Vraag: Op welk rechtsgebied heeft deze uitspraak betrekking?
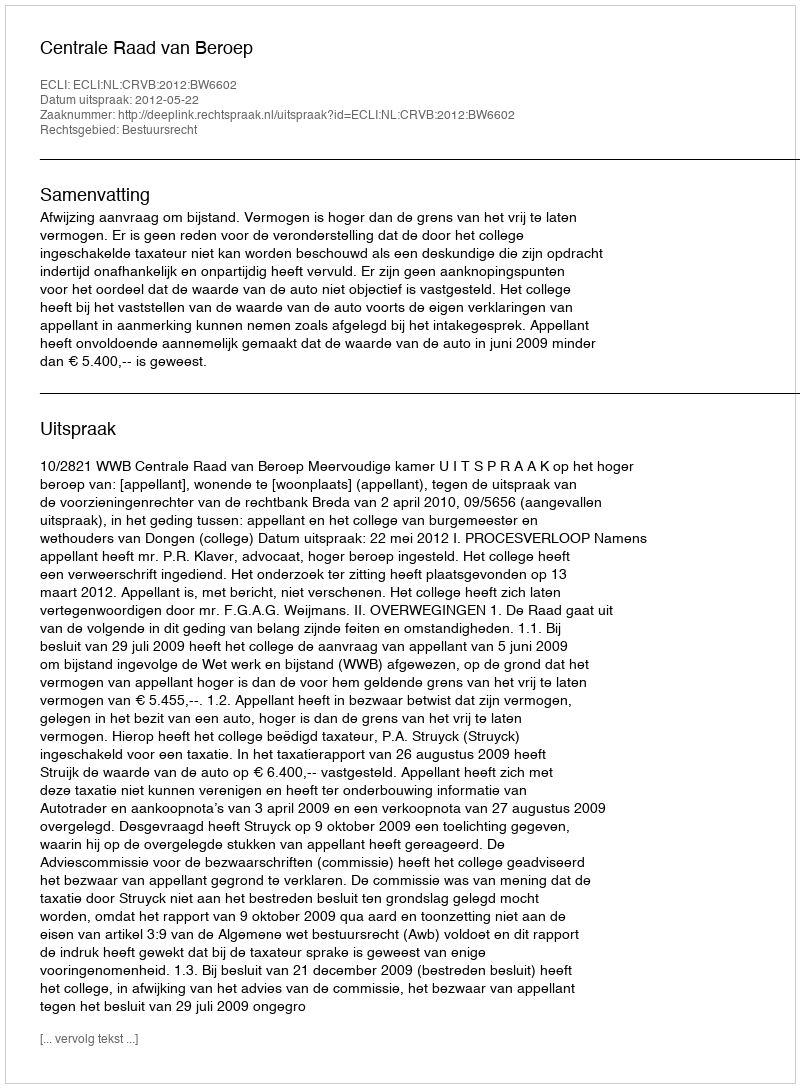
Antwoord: Bestuursrecht